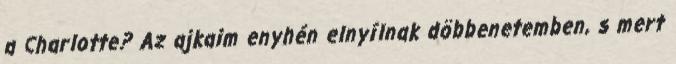
a Charlotte? Az ajkaim enyhén elnyílnak döbbenetemben, s mert